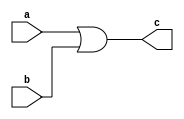
    module or_my(a,b,c); //or gate
    input a,b;
    output c;
    assign c =  a || b;
    endmodule